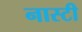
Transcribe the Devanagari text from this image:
नास्टी